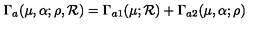
\Gamma _ { a } ( \mu , \alpha ; \rho , { \cal R } ) = \Gamma _ { a 1 } ( \mu ; { \cal R } ) + \Gamma _ { a 2 } ( \mu , \alpha ; \rho )